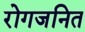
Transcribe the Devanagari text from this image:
रोगजनित